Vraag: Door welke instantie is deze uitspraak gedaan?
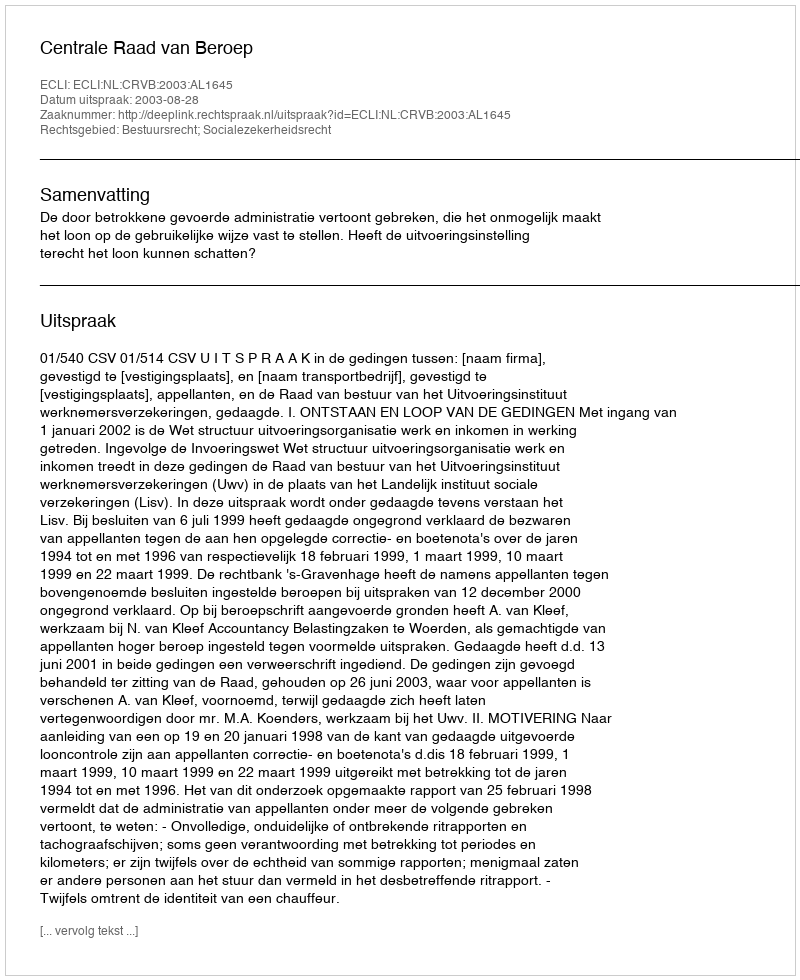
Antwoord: Centrale Raad van Beroep